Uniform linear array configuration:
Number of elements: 4
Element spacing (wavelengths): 0.5
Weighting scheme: cosine
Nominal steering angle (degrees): -30
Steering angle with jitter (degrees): -31.839
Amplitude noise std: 0.05
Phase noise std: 0.05

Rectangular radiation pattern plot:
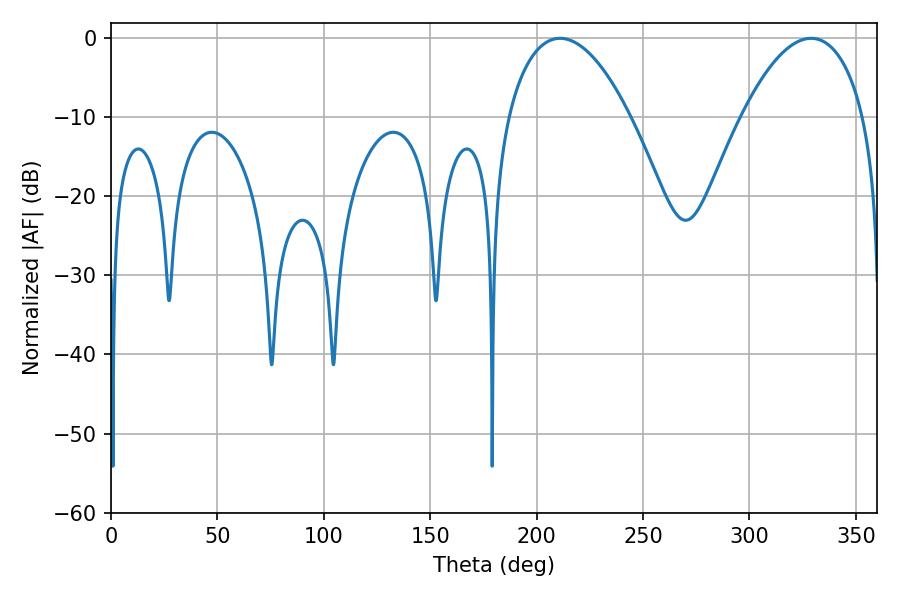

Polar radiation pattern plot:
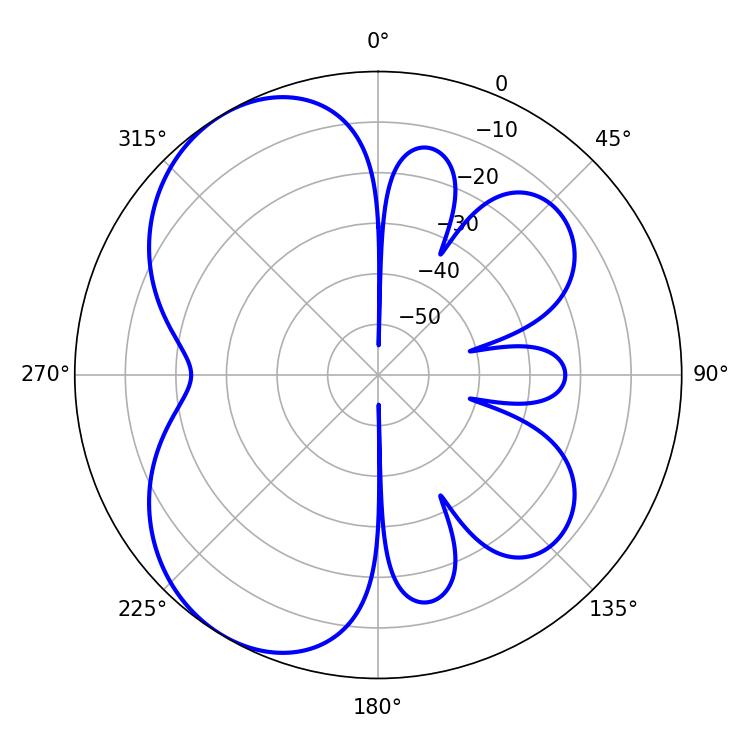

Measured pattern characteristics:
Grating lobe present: FALSE
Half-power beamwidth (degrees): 32.04
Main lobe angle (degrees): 329.04